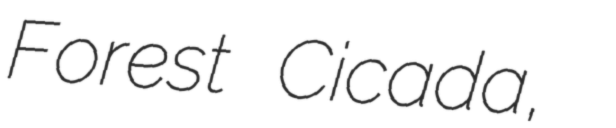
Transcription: Forest Cicada,